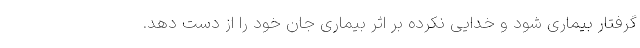
گرفتار بیماری شود و خدایی نکرده بر اثر بیماری جان خود را از دست دهد.